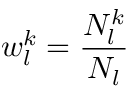
w _ { l } ^ { k } = \frac { N _ { l } ^ { k } } { N _ { l } } \qquad